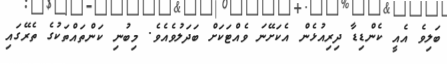
ބަލިވެ އެއީ ކެންޑިޑާ ދިރިއުޅެން އެކަށޭނަ ވެއްޓަކަށް ބަދަލުވެއެވެ. މިބުނި ކަންތައްތަކުގެ ތެރޭގައި